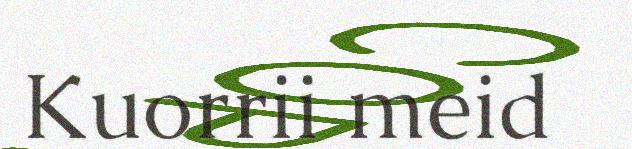
Kuorrii meid